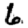
Digit: 6